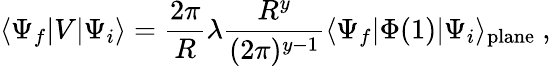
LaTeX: \langle\Psi_{f}|V|\Psi_{i}\rangle=\frac{2\pi}{R}\lambda\frac{R^{y}}{(2\pi)^{y-1}}\langle\Psi_{f}|\Phi(1)|\Psi_{i}\rangle_{\mathrm{plane}}\ ,